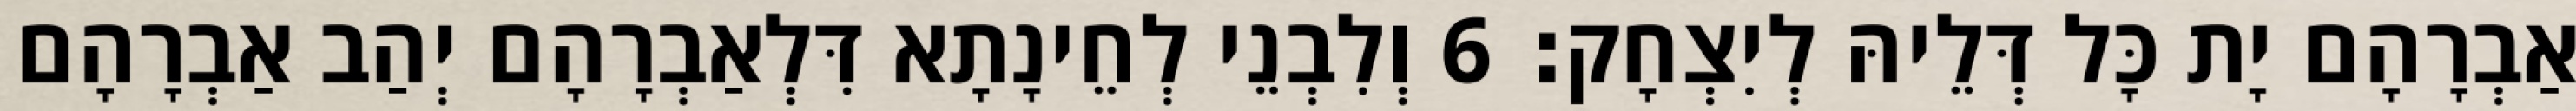
אַבְרָהָם יָת כָּל דְּלֵיהּ לְיִצְחָק׃ 6 וְלִבְנֵי לְחֵינָתָא דִּלְאַבְרָהָם יְהַב אַבְרָהָם